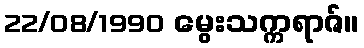
22/08/1990 မွေးသက္ကရာဇ်။